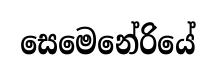
සෙමෙනේරියේ